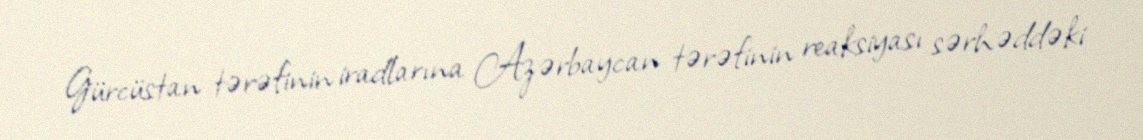
Gürcüstan tərəfinin iradlarına Azərbaycan tərəfinin reaksiyası sərhəddəki